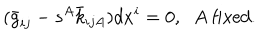
LaTeX: ( \bar { g } _ { i j } - s ^ { A } \bar { k } _ { i j A } ) d x ^ { i } = 0 , \; \; A \mathrm { ~ f i x e d } .